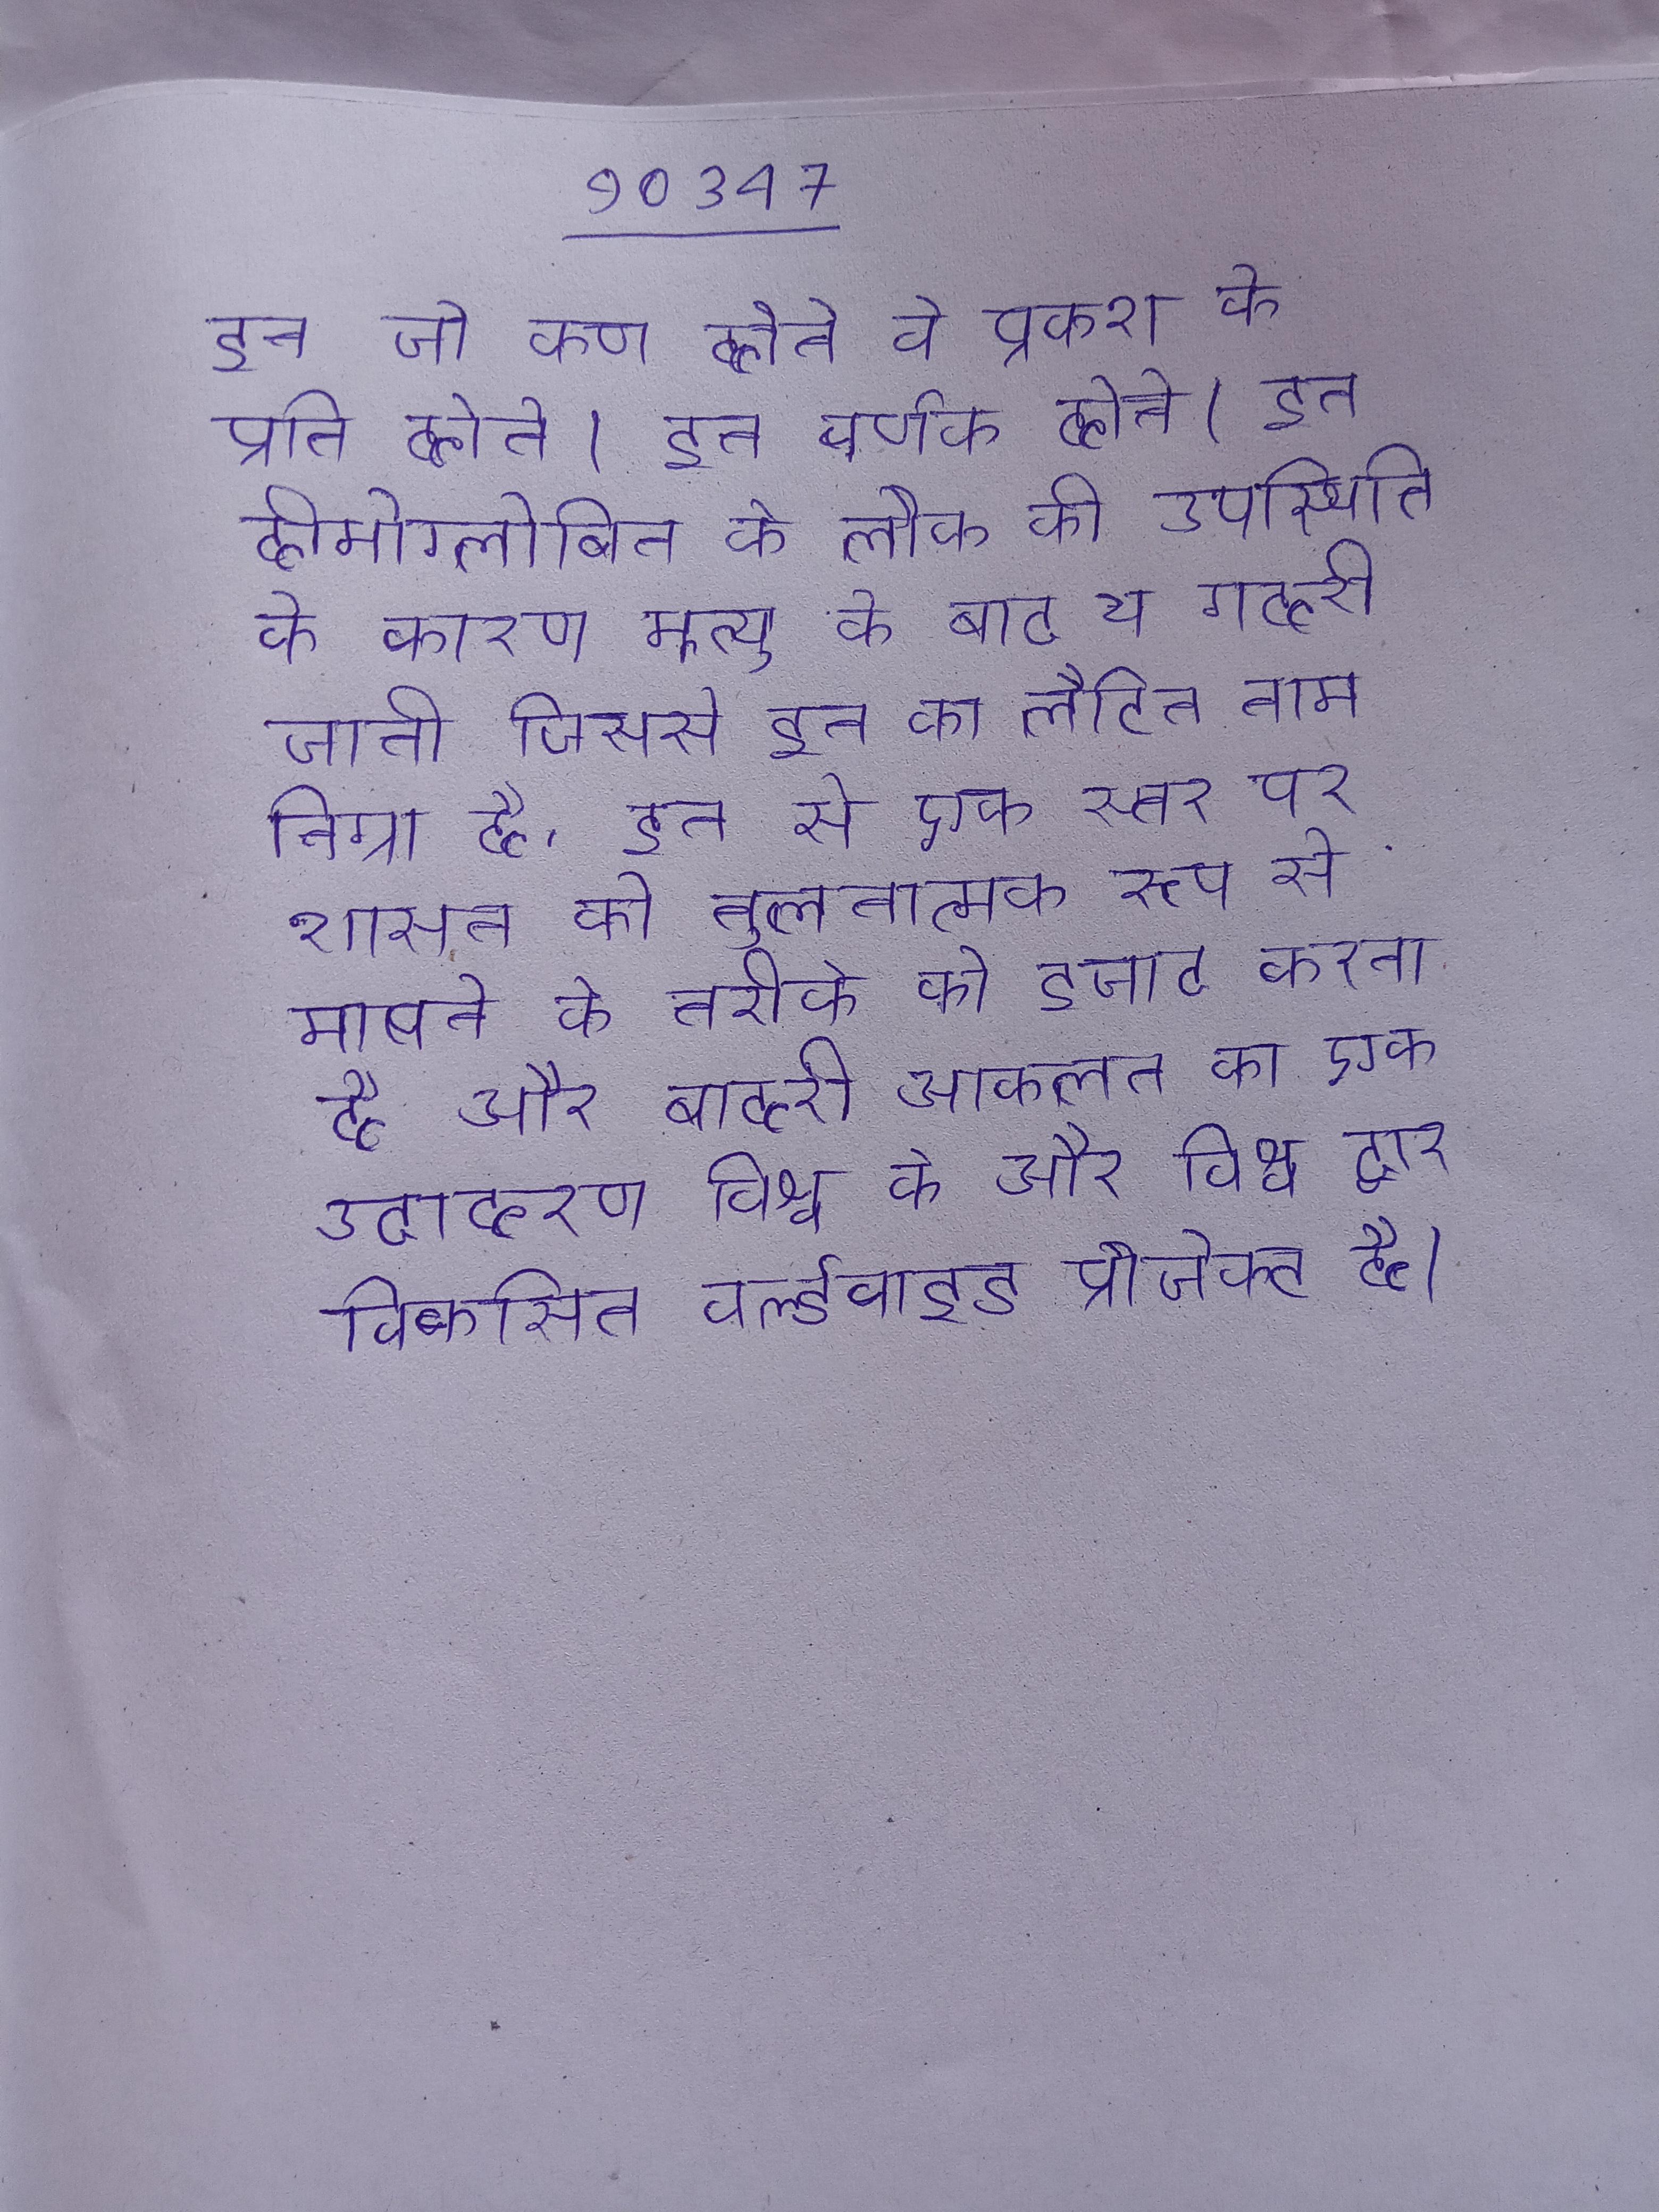
इन जो कण होते वे प्रकाश के प्रति होते । इन वर्णक होते । इन हीमोग्लोबिन के लौह की उपस्थिति के कारण मृत्यु के बाद ये गहरी जाती जिससे इन का लैटिन नाम निग्रा है . इन से एक स्तर पर शासन को तुलनात्मक रूप से मापने के तरीके को इजाद करना है और बाहरी आकलन का एक उदाहरण विश्व के और विश्व द्वारा विकसित वर्ल्डवाइड प्रोजेक्ट है ।